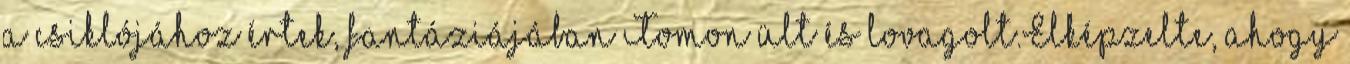
a csiklójához értek, fantáziájában Tomon ült és lovagolt.Elképzelte, ahogy